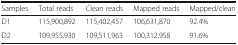
| Samples | Total reads | Clean reads | Mapped reads | Mapped/clean |
 | --- | --- | --- | --- | --- |
 | D1 | 115,900,892 | 115,402,457 | 106,631,870 | 92.4% |
 | D2 | 109,955,930 | 109,511,963 | 100,312,958 | 91.6% |